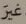
غير